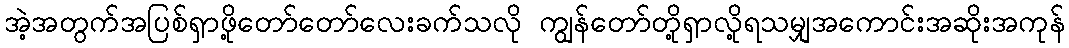
အဲ့အတွက်အပြစ်ရှာဖို့တော်တော်လေးခက်သလို ကျွန်တော်တို့ရှာလို့ရသမျှအကောင်းအဆိုးအကုန်